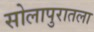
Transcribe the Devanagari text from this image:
सोलापुरातला